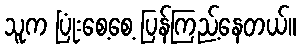
သူက ပြုံးစေ့စေ့ ပြန်ကြည့်နေတယ်။